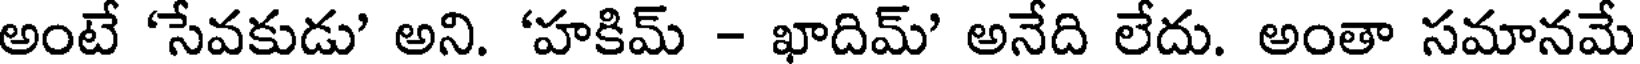
అంటే 'సేవకుడు' అని. 'హకిమ్ - ఖాదిమ్' అనేది లేదు. అంతా సమానమే